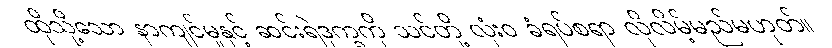
ထိုသို့သော နာကျင်မှုနှင့် ဆင်းရဲဒုက္ခကို သင်တို့ လုံးဝ ခံရပ်စရာ လိုလိမ့်မည်မဟုတ်။